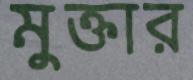
মুক্তার